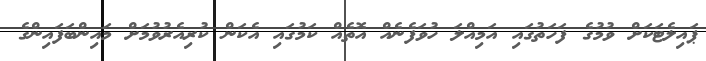
ޕައިލެޓަކަށް ވުމުގެ ފަހަތުގައި އަމިއްލަ ހުވަފެނެއް އޮތެއް ކަމުގައި އެކަން ކުރިއެރުވުމަށް މައިންބަފައިންގެ